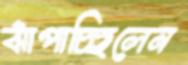
ঝাঁপাচ্ছিলেন